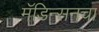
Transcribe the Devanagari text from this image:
मॅडिन्सनचा